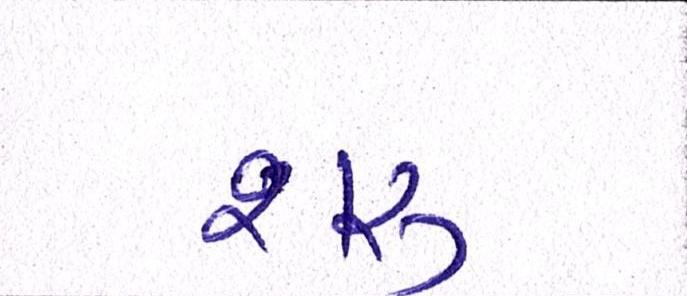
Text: શરૂ